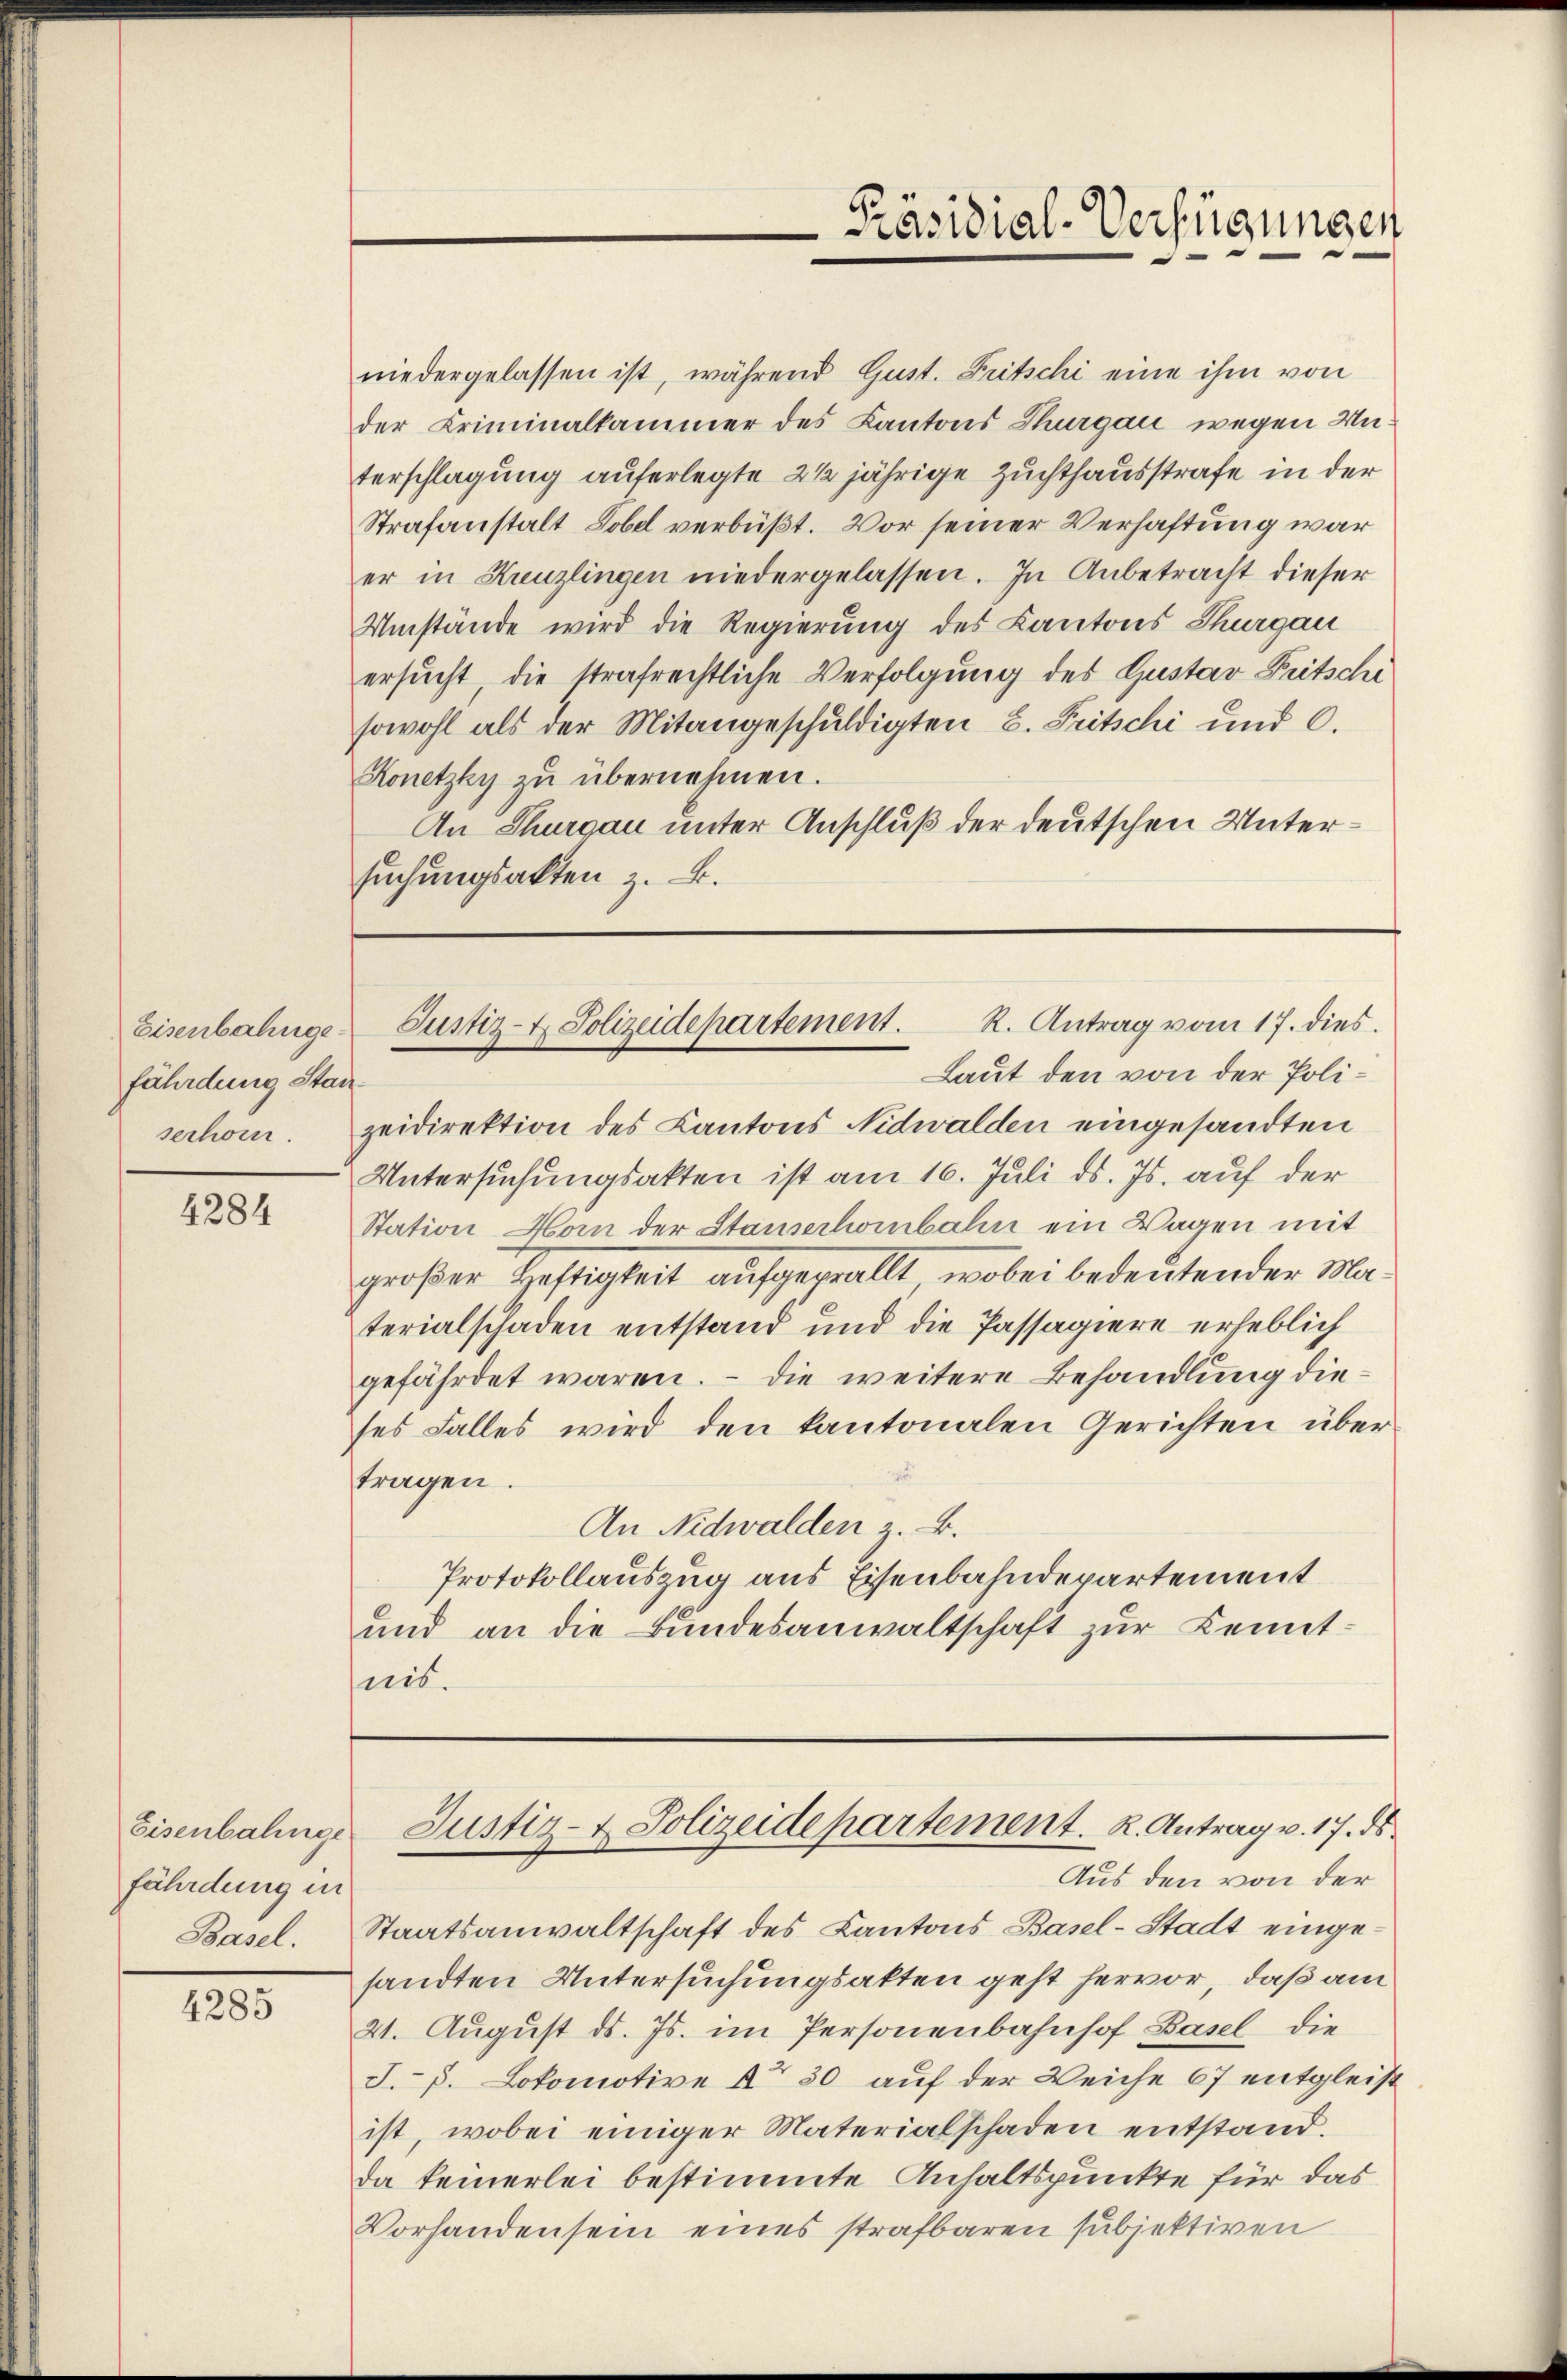
Eisenbahnge
fährdung Stan
serhör.

4284

Eisenbalinge
fährdung in
Basel.

4285

niedergelassen ist, während Gust. Fritschi eine ihm von
der Kriminalkammer des Kantons Thurgau wegen Unterschlagung auferlegte 2 1/2 jährige Zuchthausstrafe in der
Strafanstalt Tobel verbüßt. Vor seiner Verhaftung war
er in Kreuzlingen niedergelassen. In Anbetracht dieser
Umstände wird die Regierung des Kantons Thurgau
ersucht, die strafrechtliche Verfolgung des Gustav Fritschi
sowohl als der Mitangeschuldigten B. Fritschi und C.
Konetzky zŭ übernehmen.
An Thurgau unter Anschluß der deutschen Untersuchungsakten z. B.

Laut den von der Polizeidirektion des Kantons Nidwalden eingesandten
Untersuchungsakten ist am 16. Juli d. Js. auf der
Station Horn der Stauserhorbahn ein Wagen mit
großer Heftigkeit aufgegrallt, wobei bedeutender Materialschaden entstand und die Passagiere erheblich
gefährdet waren. – Die weitere Behandlung dieses Falles wird den kantonalen Gerichten übertragen.
An Nidwalden z. B.
Protokollauszug aus Eisenbahndepartement
und an die Bundesanwaltschaft zur Kenntnis.

Präsidial-Verfügungen

Justiz- & Polizeidepartement. K. Antrag vom 17. dies

Justiz- & Polizeidepartement. R. Antrag v. 17. ds.

Aus den von der
Staatsanwaltschaft des Kantons Basel-Stadt eingesandten Untersuchungsakten geht hervor, daß am
21. August ds. Js. im Personenbahnhof Basel die
J. P. Lokomotive  30 auf der Weiche 67 entgleist
ist, wobei einiger Materialschaden entstand.
da keinerlei bestimmte Anhaltspunkte für das
Vorhanden sein eines strafbaren subjektiven